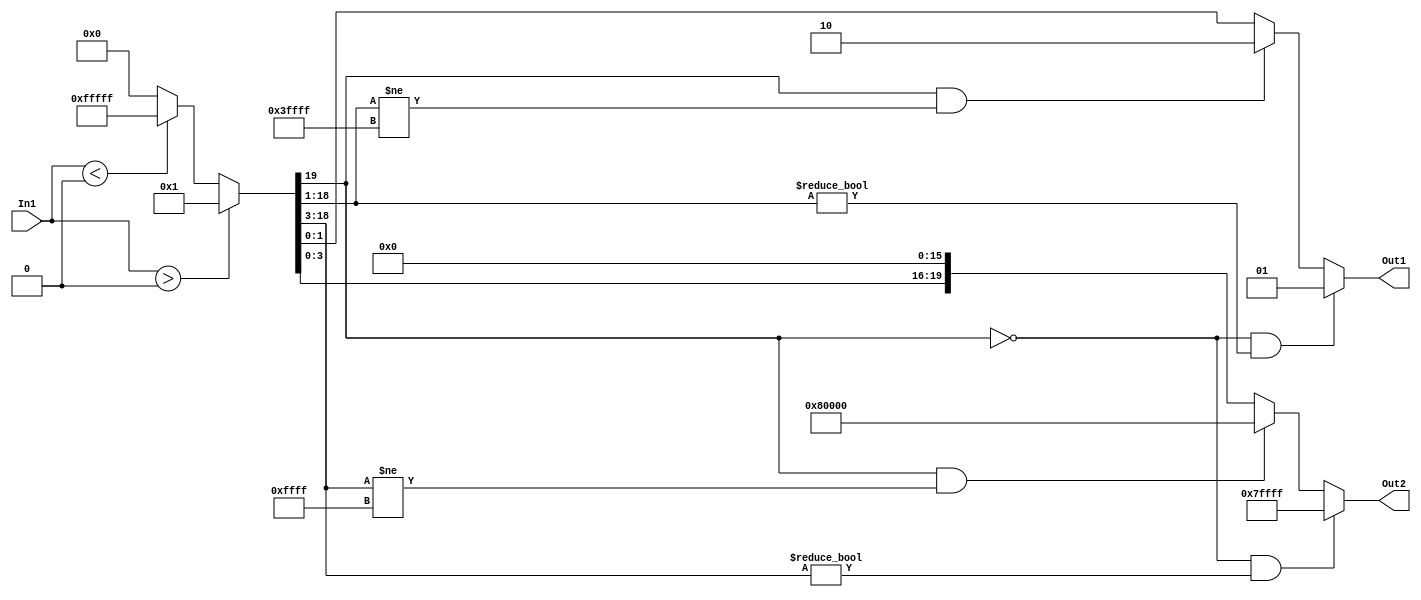
// -------------------------------------------------------------
// 
// 
// Generated by MATLAB 9.11 and HDL Coder 3.19
// 
// -------------------------------------------------------------


// -------------------------------------------------------------
// 
// Module: Subsystem_block1
// Source Path: adpcm_precision_study/ADPCM_ECD/adpcm encoder2/Subsystem
// Hierarchy Level: 2
// 
// -------------------------------------------------------------

`timescale 1 ns / 1 ns

module Subsystem_block1
          (In1,
           Out1,
           Out2);


  input   signed [19:0] In1;  // sfix20_En16
  output  signed [1:0] Out1;  // sfix2
  output  signed [19:0] Out2;  // sfix20_En16


  wire signed [19:0] Sign_out1;  // sfix20
  wire signed [1:0] Data_Type_Conversion1_out1;  // sfix2
  wire signed [19:0] Data_Type_Conversion_out1;  // sfix20_En16

  // sign extraction


  assign Sign_out1 = (In1 > 20'sb00000000000000000000 ? 20'sb00000000000000000001 :
              (In1 < 20'sb00000000000000000000 ? 20'sb11111111111111111111 :
              20'sb00000000000000000000));



  assign Data_Type_Conversion1_out1 = ((Sign_out1[19] == 1'b0) && (Sign_out1[18:1] != 18'b000000000000000000) ? 2'sb01 :
              ((Sign_out1[19] == 1'b1) && (Sign_out1[18:1] != 18'b111111111111111111) ? 2'sb10 :
              $signed(Sign_out1[1:0])));



  assign Out1 = Data_Type_Conversion1_out1;

  assign Data_Type_Conversion_out1 = ((Sign_out1[19] == 1'b0) && (Sign_out1[18:3] != 16'b0000000000000000) ? 20'sb01111111111111111111 :
              ((Sign_out1[19] == 1'b1) && (Sign_out1[18:3] != 16'b1111111111111111) ? 20'sb10000000000000000000 :
              {Sign_out1[3:0], 16'b0000000000000000}));



  assign Out2 = Data_Type_Conversion_out1;

endmodule  // Subsystem_block1